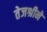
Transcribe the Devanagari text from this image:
तेजश्रीने